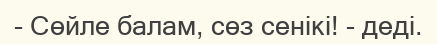
- Сөйле балам, сөз сенікі! - деді.